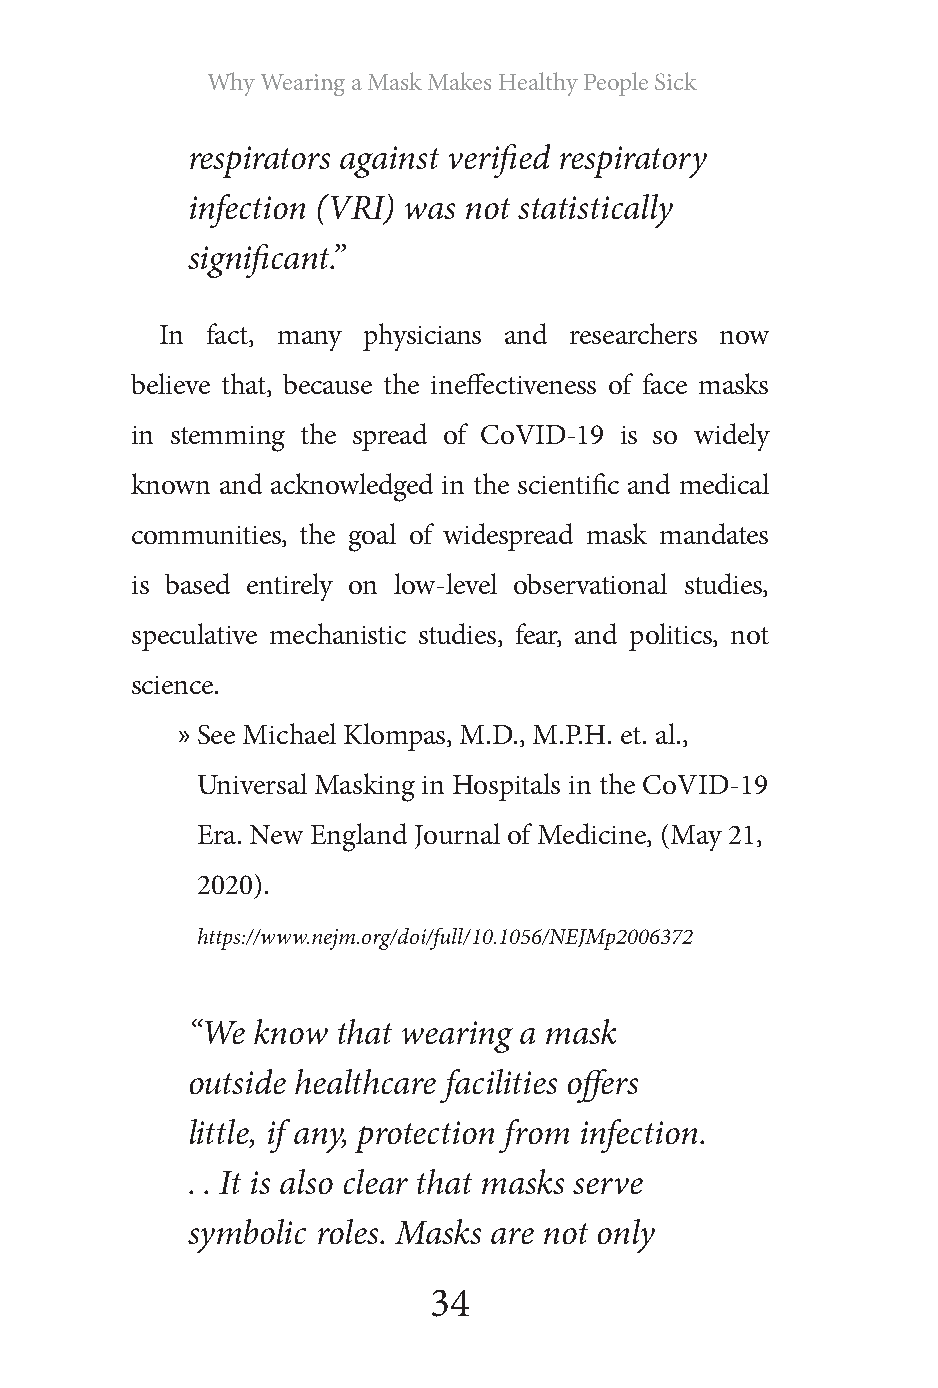
Why Wearing a Mask Makes Healthy People Sick
 respirators against verified respiratory
 infection (VRI) was not statistically
 significant.”
 In fact, many physicians and researchers now
 believe that, because the ineffectiveness of face masks
 in stemming the spread of CoVID-19 is so widely
 known and acknowledged in the scientific and medical
 communities, the goal of widespread mask mandates
 is based entirely on low-level observational studies,
 speculative mechanistic studies, fear, and politics, not
 science.
 » See Michael Klompas, M.D., M.P.H. et. al.,
 Universal Masking in Hospitals in the CoVID-19
 Era. New England Journal of Medicine, (May 21,
 2020).
 https://www.nejm.org/doi/full/10.1056/NEJMp2006372
 “We  know that wearing a mask
 outside healthcare facilities offers
 little, if any, protection from infection.
 . . It is also clear that masks serve
 symbolic roles. Masks are not only
 34